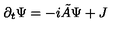
\partial _ { t } \Psi = - i \tilde { A } \Psi + J